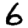
Digit: 6